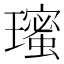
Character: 𭺋